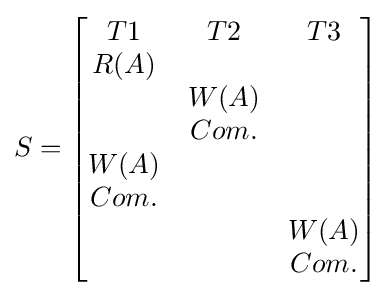
S={\begin{bmatrix}T1&T2&T3\\R(A)&&\\&W(A)&\\&Com.&\\W(A)&&\\Com.&&\\&&W(A)\\&&Com.\\\end{bmatrix}}